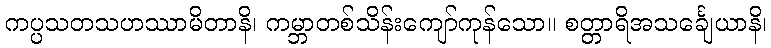
ကပ္ပသတသဟဿာမိတာနိ၊ ကမ္ဘာတစ်သိန်းကျော်ကုန်သော။ စတ္တာရိအသင်္ချေယာနိ၊